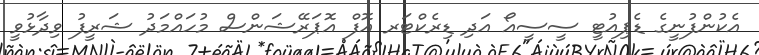
އެކުންފުނީގެ ޑެޕިއުޓީ ސީސީއޯ އަދި ޑިރެކްޓަރ އޮފް އޮޕަރޭޝަންސް މުހައްމަދު ޝަރީފު ވިދާޅުވީ